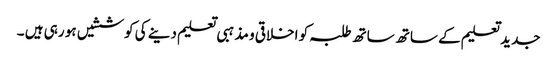
جدید تعلیم کے ساتھ ساتھ طلبہ کو اخلاقی و مذہبی تعلیم دینے کی کوششیں ہو رہی ہیں ۔